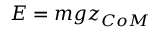
E = m g z _ { C o M }